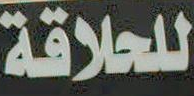
للحلاقة